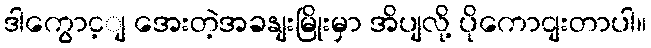
ဒါကွောင့ျ အေးတဲ့အခနျးမြိုးမှာ အိပျလို့ ပိုကောငျးတာပါ။